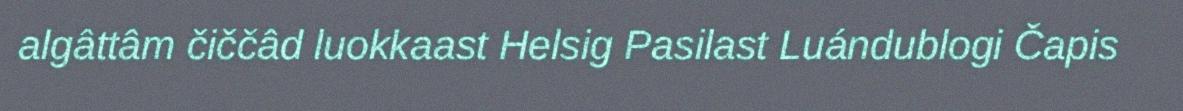
algâttâm čiččâd luokkaast Helsig Pasilast Luándublogi Čapis